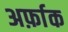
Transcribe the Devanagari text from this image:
अर्फ़ाक